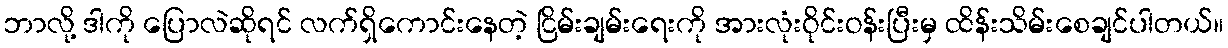
ဘာလို့ ဒါကို ပြောလဲဆိုရင် လက်ရှိကောင်းနေတဲ့ ငြိမ်းချမ်းရေးကို အားလုံးဝိုင်းဝန်းပြီးမှ ထိန်းသိမ်းစေချင်ပါတယ်။